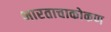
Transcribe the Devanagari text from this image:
भारताचाकोकण